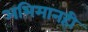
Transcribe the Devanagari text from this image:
अभिमानही